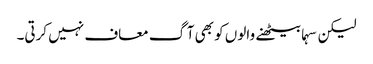
لیکن سہما بیٹھنے والوں کو بھی آگ معاف نہیں کرتی۔